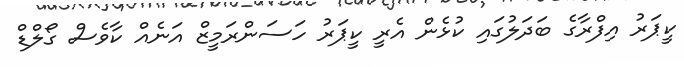
ކީޕަރު އިފްރާގެ ބަދަލުގައި ކުޅެން އެރީ ކީޕަރު ހަސަންރަމީޒް އަނެއް ކާވެސް ގޯލްޑް